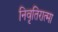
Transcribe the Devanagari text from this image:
निवृतिरात्मा